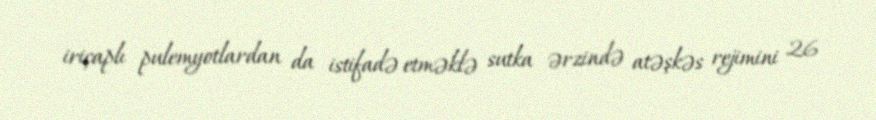
iriçaplı pulemyotlardan da istifadə etməklə sutka ərzində atəşkəs rejimini 26